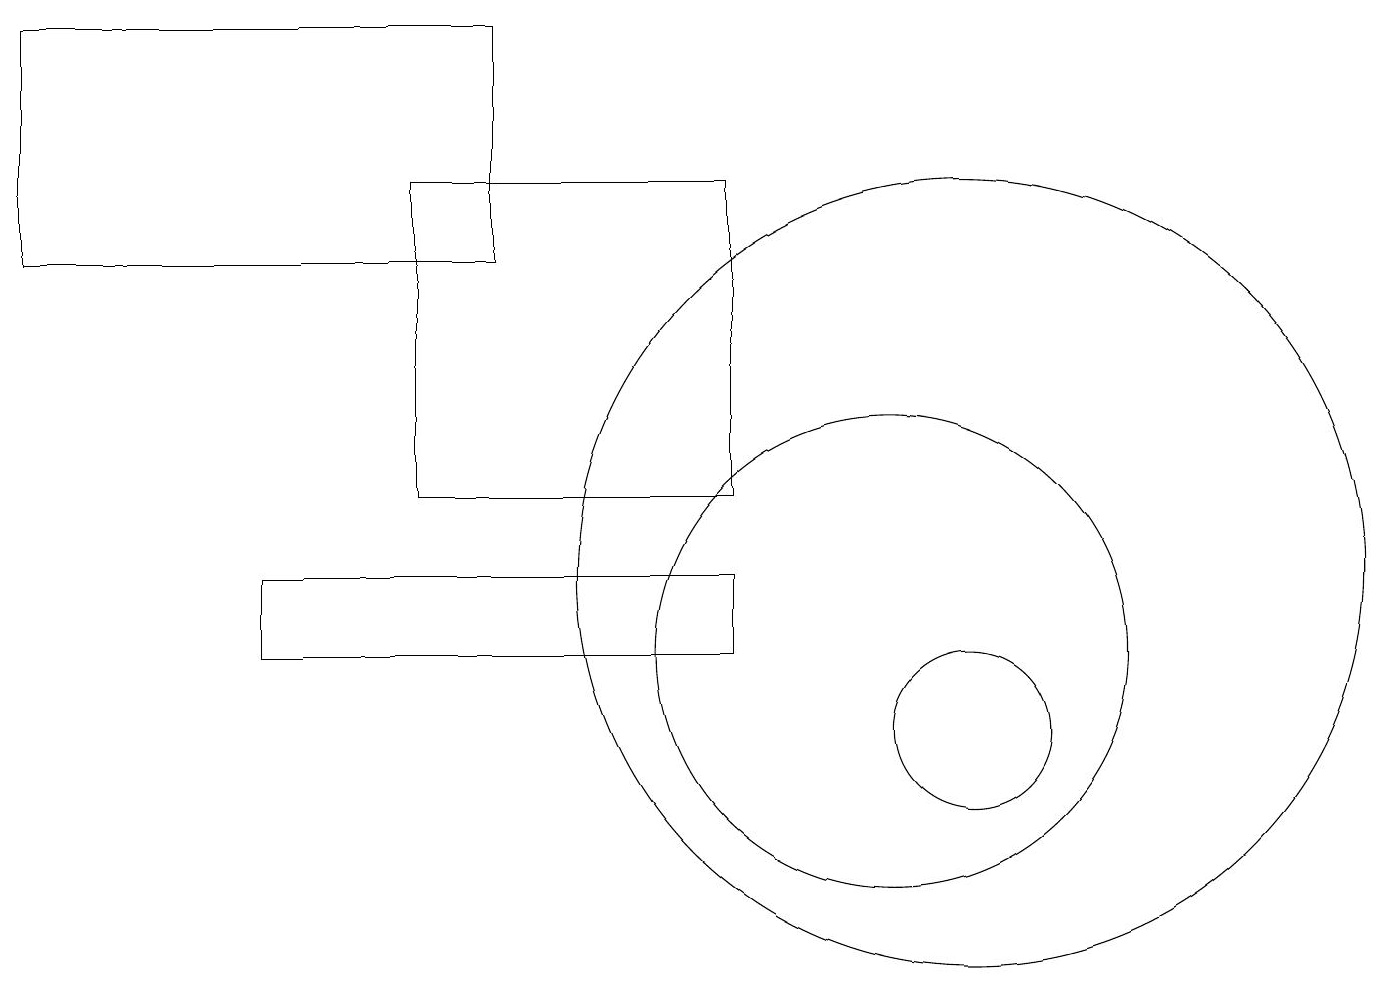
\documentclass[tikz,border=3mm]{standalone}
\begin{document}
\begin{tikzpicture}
\draw (11,11) circle (3);
\draw (3,12) rectangle (9,11);
\draw (12,12) circle (5);
\draw (6,19) rectangle (0,16);
\draw (5,17) rectangle (9,13);
\draw (12,10) circle (1);
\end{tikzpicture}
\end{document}